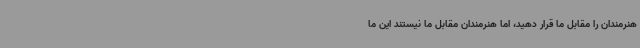
هنرمندان را مقابل ما قرار دهید، اما هنرمندان مقابل ما نیستند این ما